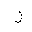
Letter: _zay